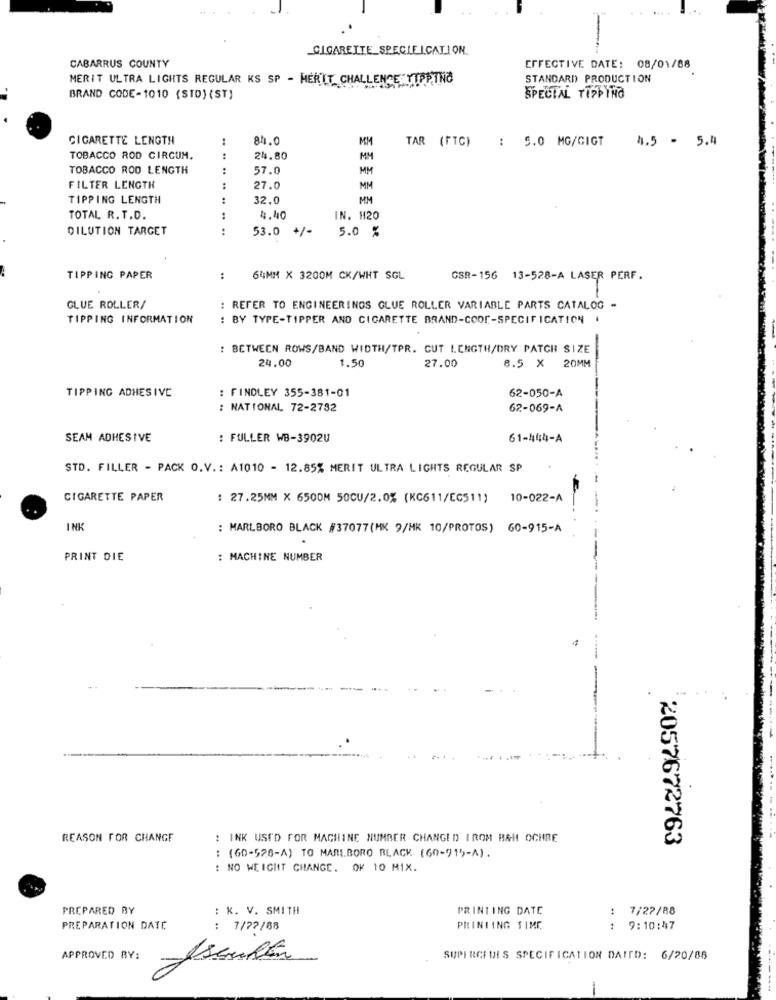
CIGARETTE_SPECIFICATION.
CABARRUS COUNTY
EFFECTIVE DATE: 08/01/88
MERIT ULTRA LIGHTS REGULAR KS SP - HERIT_CHALLENGE TIPPING
STANDARD PRODUCTION
BRAND CODE-1010 (SID) (ST)
SPECIAL TIPPING
CIGARETTE LENGTH
84.0
TAR (FTC)
: 5.0 MG/GIGT
4.5 - 5.4
MOM
TOBACCO ROD CIRCUM.
24.80
MY
TOBACCO ROD LENGTH
:
57.0
MM
FILTER LENGTH
27.0
MM
TIPPING LENGTH
32.0
MM
TOTAL R. T.D.
..
4.40
IN. 120
DILUTION TARGET
53.0
+/-
5.0 %
TIPPING PAPER
..
64MM X 3200M CK/WHT SGL
GSR-156 13-528-A LASER PERF.
GLUE ROLLER/
: REFER TO ENGINEERINGS GLUE ROLLER VARIABLE PARTS CATALOG -
TIPPING INFORMATION
: BY TYPE-TIPPER AND CIGARETTE BRAND-COOP-SPECIFICATION .
: BETWEEN ROWS/BAND WIDTH/TPR. CUT LENGTH/DRY PATCH SIZE
1.50
8.5 X
24.00
27.00
20MM
TIPPING ADHESIVE
: FINDLEY 355-381-01
62-050-A
: NATIONAL 72-2782
62-069-A
SEAM ADHESIVE
: FULLER WB-39020
61-444-A
STD. FILLER - PACK O.V .: A1010 - 12.85% MERIT ULTRA LIGHTS REGULAR SP
CIGARETTE PAPER
: 27.25MM X 6500M 50CU/2.0% (KC611/EC511)
10-022-A
INK
: MARLBORO BLACK #37077(HK 9/HK 10/PROTOS) 60-915-A
PRINT DIE
: MACHINE NUMBER
REASON FOR CHANGE
: INK USED FOR MACHINE NUMBER CHANGED I ROM BAH OCHRE
2057672763
: (60-526-A) TO MARLBORO BLACK (60-915-A).
: NO WEIGHT CHANGE. OF 10 MIX.
PREPARED BY
: K. V. SMITH
PRINTING DATE
: 7/27/88
PREPARATION DATE
: 1/72/88
PRINTING TIME
9:10:47
APPROVED BY:
SUPERCEDES SPECIFICATION DAID: 6/20/88
-